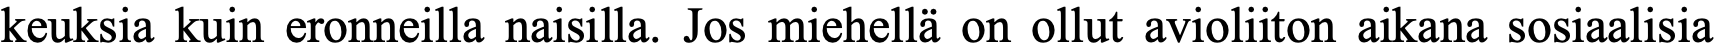
keuksia kuin eronneilla naisilla. Jos miehellä on ollut avioliiton aikana sosiaalisia